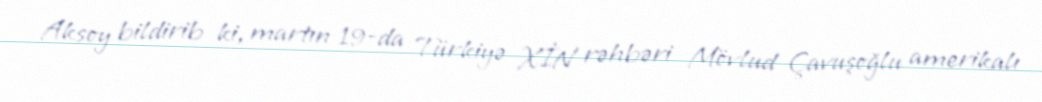
Aksoy bildirib ki, martın 19-da Türkiyə XİN rəhbəri Mövlud Çavuşoğlu amerikalı